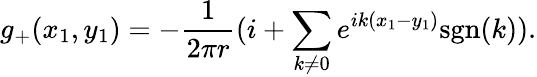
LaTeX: g_{+}(x_{1},y_{1})=-\frac{1}{2\pi r}(i+\sum_{k\neq 0}e^{ik(x_{1}-y_{1})}\mathrm{sgn}(k)).